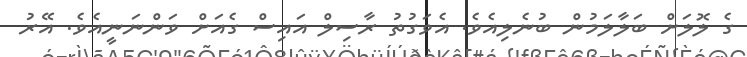
ގެ ލޮލަށް ބަލާލަމުން ބުނެލިއެވެ. އެވަގުތު ރާސިލް އައިސް ގެއަށް ވަންނަނީއެވެ. އޭރު